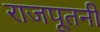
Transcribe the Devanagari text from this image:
राजपूतनी